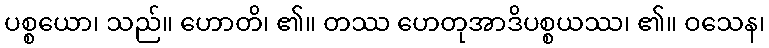
ပစ္စယော၊ သည်။ ဟောတိ၊ ၏။ တဿ ဟေတုအာဒိပစ္စယဿ၊ ၏။ ဝသေန၊